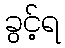
ခွင့်ရ